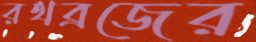
রথব্রজের